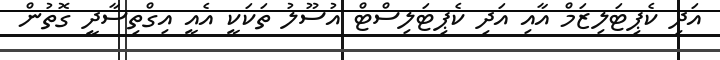
އަދި ކެޕިޓަލިޒަމް އާއި އަދި ކެޕިޓަލިސްޓް އުސޫލު ތަކަކީ އެއީ އިގްތިސާދީ ގޮތުން